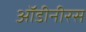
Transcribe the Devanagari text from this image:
ऑडीनीरस